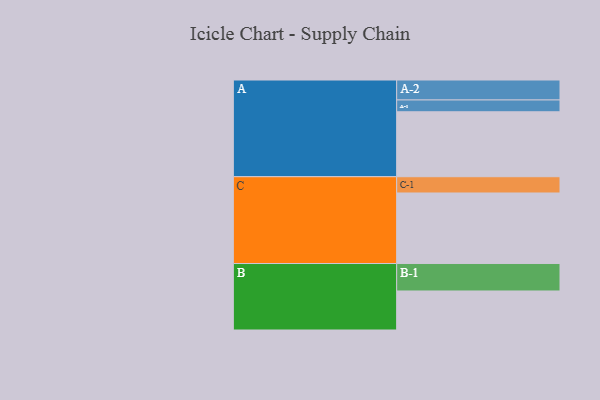
{"axis": {"x": "Segment", "y": "Value"}, "legend": ["", "A", "B", "C"], "data": [{"x": "A", "y": 511, "type": ""}, {"x": "B", "y": 307, "type": ""}, {"x": "C", "y": 555, "type": ""}, {"x": "A-1", "y": 93, "type": "A"}, {"x": "A-2", "y": 157, "type": "A"}, {"x": "B-1", "y": 216, "type": "B"}, {"x": "C-1", "y": 128, "type": "C"}]}